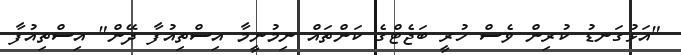
"އަޅުގަނޑު ކުރިން ވެސް ހުރީ ބަޖެޓްގެ ކަންތައް ނިމުނީމާ އިސްތިއުފާ ދޭން" އިސްތިއުފާ